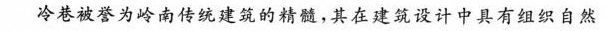
冷巷被誉为岭南传统建筑的精髓，其在建筑设计中具有组织自然